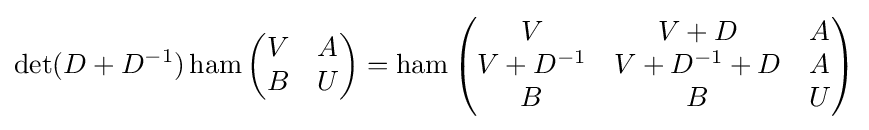
\det(D+D^{-1})\operatorname {ham} \left({\begin{matrix}V&A\\B&U\end{matrix}}\right)=\operatorname {ham} \left({\begin{matrix}V&V+D&A\\V+D^{-1}&V+D^{-1}+D&A\\B&B&U\end{matrix}}\right)